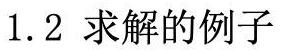
1.2 求解的例子